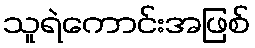
သူရဲကောင်းအဖြစ်